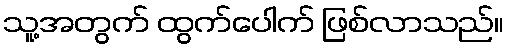
သူ့အတွက် ထွက်ပေါက် ဖြစ်လာသည်။